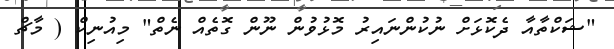
"ޝަކްތާއާ ދެކޮޅަށް ނުކުންނައިރު މޮޅުވުން ނޫން ގޮތެއް ނެތް" މިއުނިކް ( މާޗް